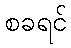
စခရင်